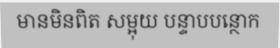
មានមិនពិត សម្អុយ បន្ទាបបន្ថោក